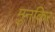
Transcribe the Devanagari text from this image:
मुनकिर